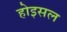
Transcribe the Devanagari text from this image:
होइसल